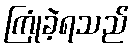
ကြုံခဲ့ရသည်